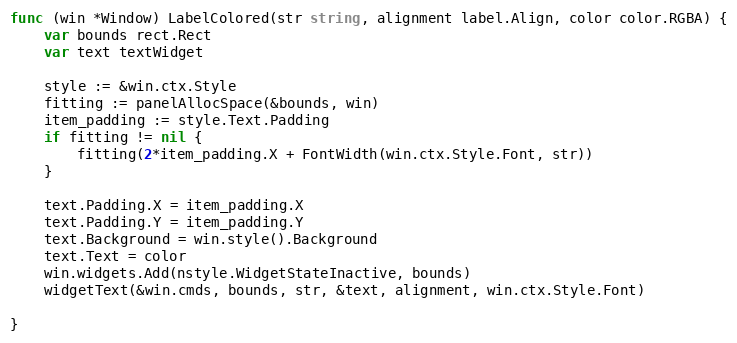
Language: Go
func (win *Window) LabelColored(str string, alignment label.Align, color color.RGBA) {
	var bounds rect.Rect
	var text textWidget

	style := &win.ctx.Style
	fitting := panelAllocSpace(&bounds, win)
	item_padding := style.Text.Padding
	if fitting != nil {
		fitting(2*item_padding.X + FontWidth(win.ctx.Style.Font, str))
	}

	text.Padding.X = item_padding.X
	text.Padding.Y = item_padding.Y
	text.Background = win.style().Background
	text.Text = color
	win.widgets.Add(nstyle.WidgetStateInactive, bounds)
	widgetText(&win.cmds, bounds, str, &text, alignment, win.ctx.Style.Font)

}